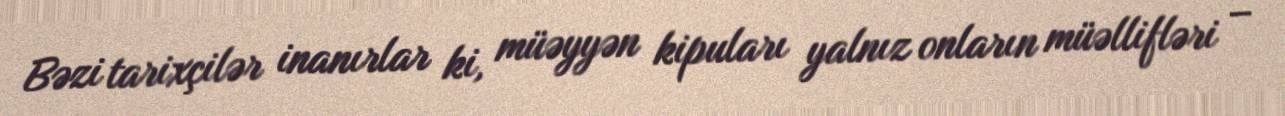
Bəzi tarixçilər inanırlar ki, müəyyən kipuları yalnız onların müəllifləri –